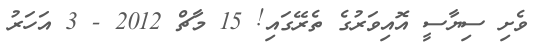
ވެށި ސިޔާސީ އޮއިވަރުގެ ތެރޭގައި! 15 މާޗް 2012 - 3 އަހަރު